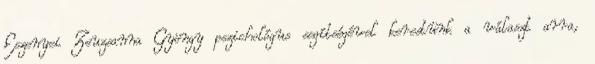
Eszenyei Zsuzsanna Gyöngy pszichológus segítségével kerestünk a választ arra,